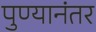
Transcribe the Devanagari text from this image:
पुण्यानंतर